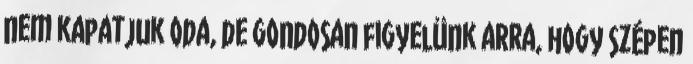
nem kapatjuk oda, de gondosan figyelünk arra, hogy szépen